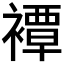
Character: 𧝓